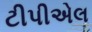
ટીપીએલ